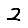
Digit: 2